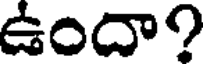
ఉందా?